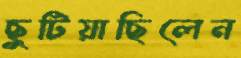
ছুটিয়াছিলেন